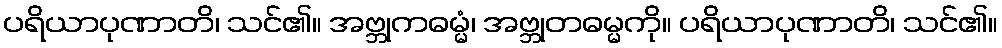
ပရိယာပုဏာတိ၊ သင်၏။ အဗ္ဘုကဓမ္မံ၊ အဗ္ဘုတဓမ္မကို။ ပရိယာပုဏာတိ၊ သင်၏။